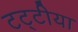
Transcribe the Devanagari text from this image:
टट्टीया